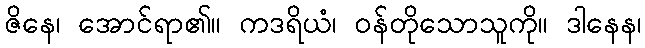
ဇိနေ၊ အောင်ရာ၏။ ကဒရိယံ၊ ဝန်တိုသောသူကို။ ဒါနေန၊